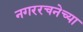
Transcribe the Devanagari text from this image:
नगररचनेच्या